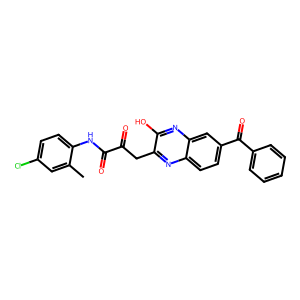
SMILES: Cc1cc(Cl)ccc1NC(=O)C(=O)Cc1nc2ccc(C(=O)c3ccccc3)cc2nc1O
Inhibits HIV replication: No